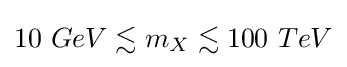
10\ GeV\lesssim m_{X}\lesssim 100\ TeV